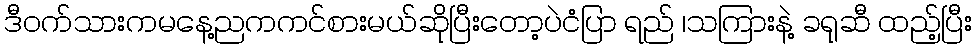
ဒီဝက်သားကမနေ့ညကကင်စားမယ်ဆိုပြီးတော့ပဲငံပြာ ရည် ၊သကြားနဲ့ ခရုဆီ ထည့်ပြီး